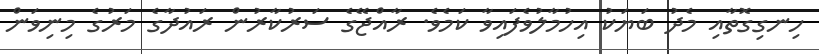
ހިނގިގޮތާއި މެދު ބަޔަކު އިހުމާލުވެފައިވާ ކަމެވެ. ރާއްޖޭގެ ސަރުކާރުން ރައުދާގެ މަރުގެ މިނިވަން